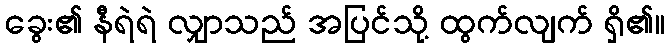
ခွေး၏ နီရဲရဲ လျှာသည် အပြင်သို့ ထွက်လျက် ရှိ၏။